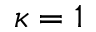
\kappa = 1